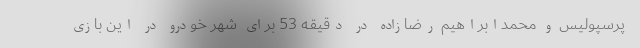
پرسپولیس و محمدابراهیم رضازاده در دقیقه 53 برای شهر خودرو در این بازی